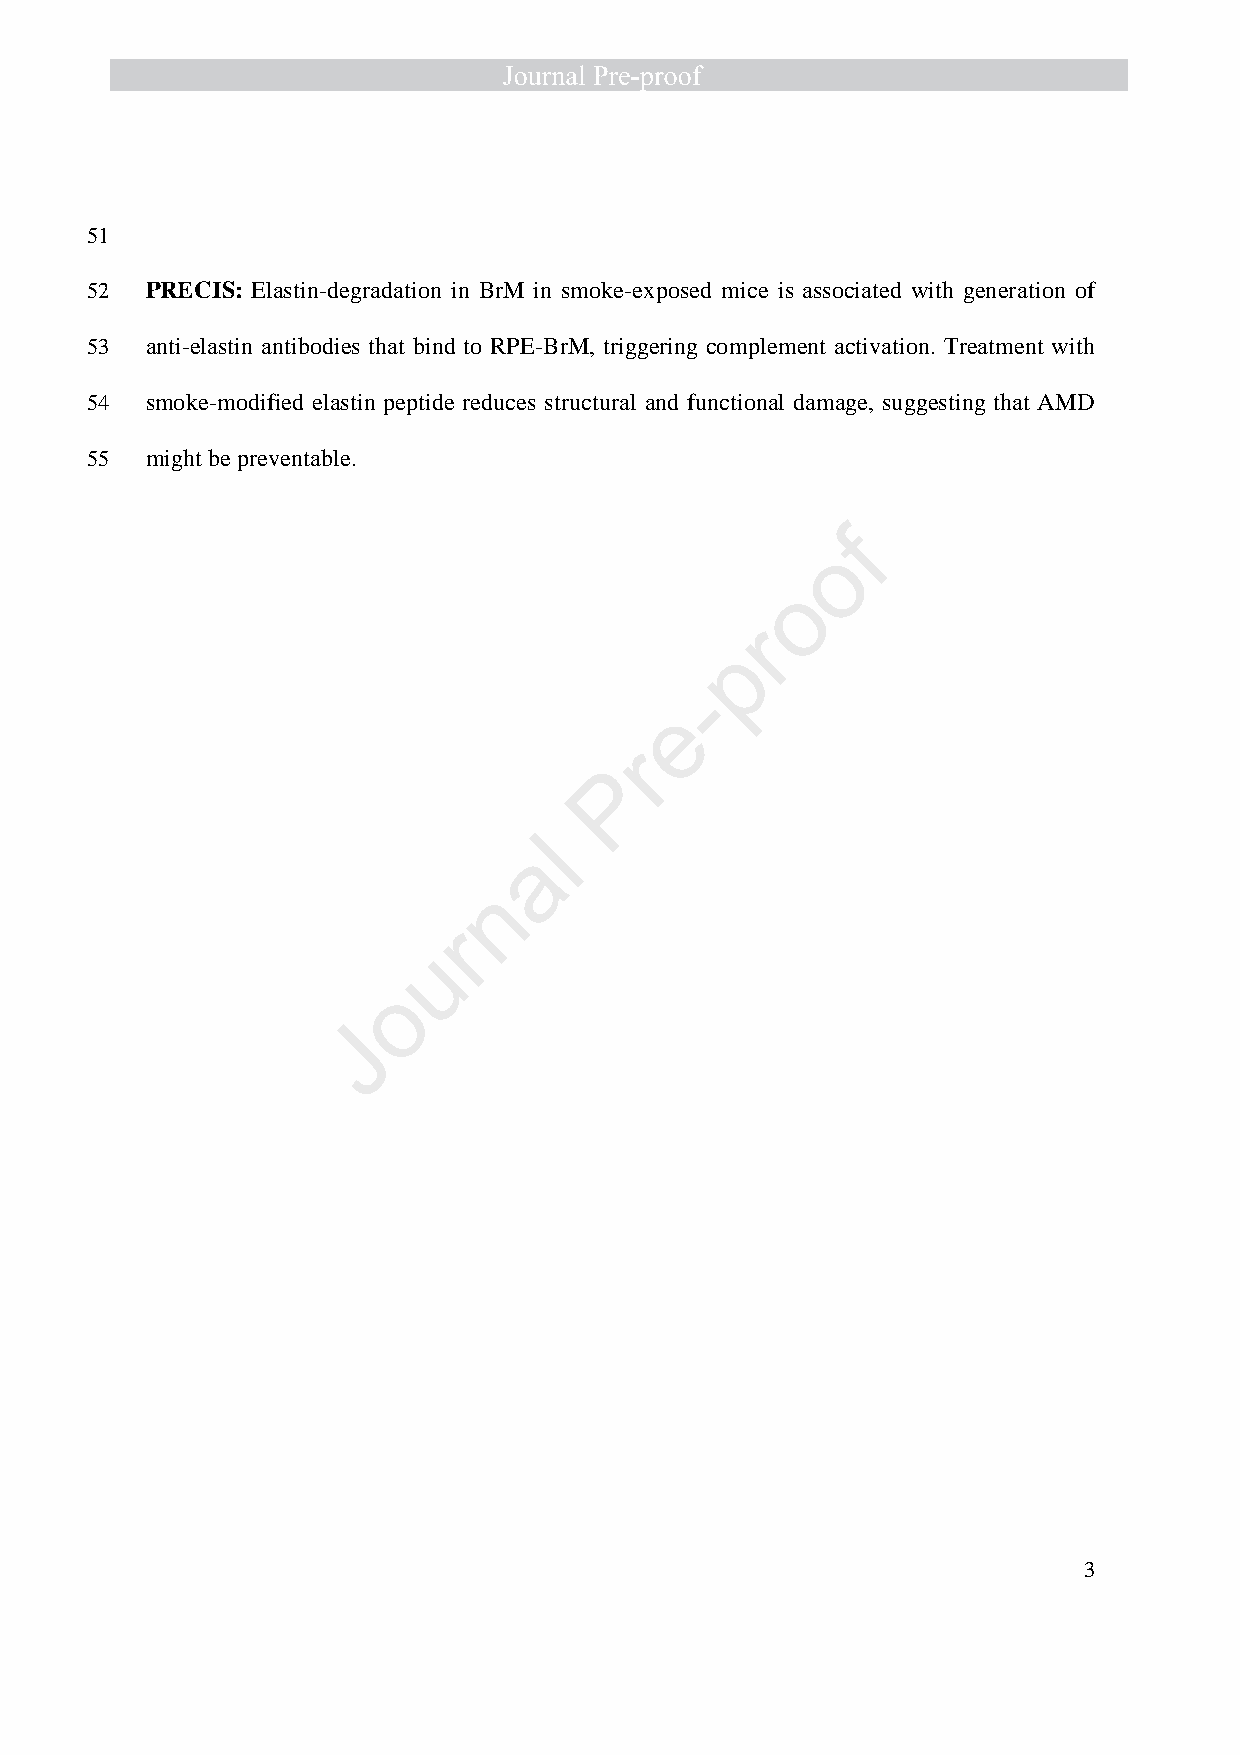
51
 52  PRECIS: Elastin-degradation in BrM in smoke-exposed mice is associated with generation of
 53  anti-elastin antibodies that bind to RPE-BrM, triggering complement activation. Treatment with
 54  smoke-modified elastin peptide reduces structural and functional damage, suggesting that AMD
 55  might be preventable.
 f
 o
 o
 r
 p
 -
 e
 r
 P
 l
 a
 n
 r
 u
 o
 J
 3